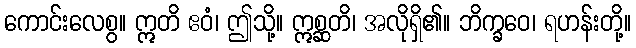
ကောင်းလေစွ။ ဣတိ ဧဝံ၊ ဤသို့။ ဣစ္ဆတိ၊ အလိုရှိ၏။ ဘိက္ခဝေ၊ ရဟန်းတို့။